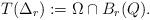
LaTeX: \begin{align*}T(\Delta_{r}):=\Omega\cap B_{r}(Q).\end{align*}